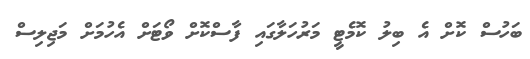
ބަހުސް ކޮށް އެ ބިލު ކޮމެޓީ މަރުހަލާގައި ފާސްކޮށް ވޯޓަށް އެހުމަށް މަޖިލިސް